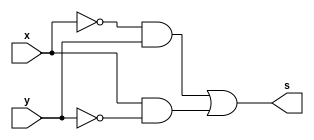
// ---------------------
// TRUTH TABLE
// Nome: marcos antonio lommez
// ---------------------
// ---------------------
// -- expression
// ---------------------

module fxy (output s, input x, y);
    assign s = ~x & y | x & ~y;
endmodule // fxy

// mintermos
module SoP (output s, input x, y);
assign s = ( ~x & y ) // 1
         | ( x & ~y ); // 2
endmodule // SoP

// MAXTERMOS
module PoS (output S, input X, Y);
assign S = ( X | Y ) // 0
         & ( ~X | ~Y ); // 3
endmodule // PoS

// ---------------------
// -- test_module
// ---------------------
module test_module;
    reg x, y;
    wire s1, s2, s3;
    // instancias
    fxy FXY1 (s1, x, y);
    SoP SOP1 (s2, x, y);
    PoS POS1 (s3, x, y);
    
    // valores iniciais
    initial 
        begin: start
            x=1'bx; // indefinidos
            y=1'bx; // indefinidos
        end

    // parte principal
    initial 
        begin: main
        // identificacao
        $display("Exemplo- xxx yyy zzz - 999999");
        $display("Test boolean expression");
        $display("\nx'&y+x&y' = s\n");
        // monitoramento
        $display("x y = s1 s2 s3");
        $monitor("%2b %2b = %2b %2b %2b", x, y, s1, s2, s3);
        // sinalizacao
        #1 x=0; y=0;
        #1 x=0; y=1;
        #1 x=1; y=0;
        #1 x=1; y=1;
        end
endmodule // test_module